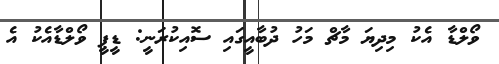
ވޯލްޑާ އެކު މިދިޔަ މާޗް މަހު ދުބާއީގައި ސޮއިކުރަނީ: ޑީޕީ ވޯލްޑާއެކު އެ